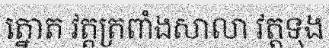
ត្នោត វត្តត្រពាំងសាលា វត្តទុង